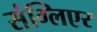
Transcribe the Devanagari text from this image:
संग्लिएर